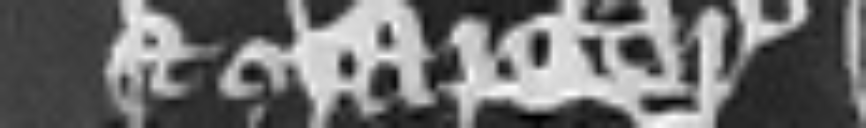
et Margareta